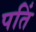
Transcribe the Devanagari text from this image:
पतिं